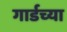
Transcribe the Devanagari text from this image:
गार्डच्या